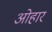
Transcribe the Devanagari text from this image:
ओहार